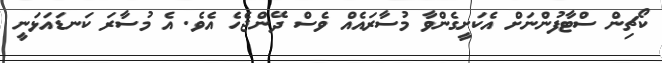
ކޯޗިން ސްޓާފުންނަށް އެކަށީގެންވާ މުސާރައެއް ވެސް ދޭންޖެހެ އެވެ. އެ މުސާރަ ކަނޑައަޅަނީ